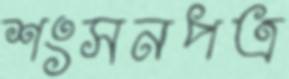
শংসনপত্র